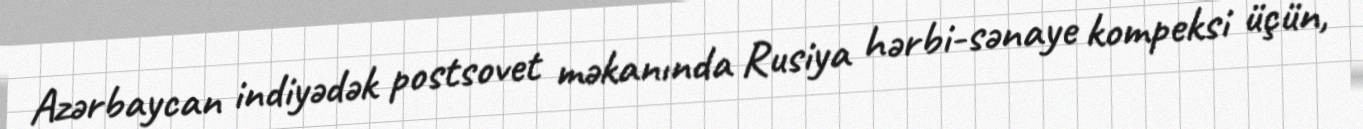
Azərbaycan indiyədək postsovet məkanında Rusiya hərbi-sənaye kompeksi üçün,